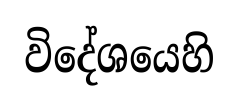
විදේශයෙහි